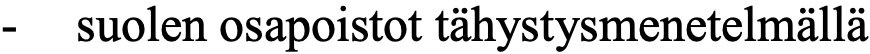
-  suolen osapoistot tähystysmenetelmällä